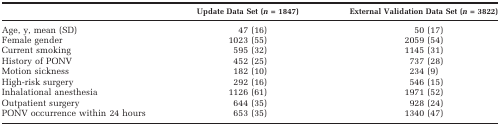
<table><thead><tr><td></td><td><b>Update Data Set (<i>n</i> = 1847)</b></td><td><b>External Validation Data Set (<i>n</i> = 3822)</b></td></tr></thead><tbody><tr><td>Age, y, mean (SD)</td><td>47 (16)</td><td>50 (17)</td></tr><tr><td>Female gender</td><td>1023 (55)</td><td>2059 (54)</td></tr><tr><td>Current smoking</td><td>595 (32)</td><td>1145 (31)</td></tr><tr><td>History of PONV</td><td>452 (25)</td><td>737 (28)</td></tr><tr><td>Motion sickness</td><td>182 (10)</td><td>234 (9)</td></tr><tr><td>High-risk surgery</td><td>292 (16)</td><td>546 (15)</td></tr><tr><td>Inhalational anesthesia</td><td>1126 (61)</td><td>1971 (52)</td></tr><tr><td>Outpatient surgery</td><td>644 (35)</td><td>928 (24)</td></tr><tr><td>PONV occurrence within 24 hours</td><td>653 (35)</td><td>1340 (47)</td></tr></tbody></table>